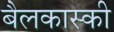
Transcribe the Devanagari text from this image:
बैलकास्की